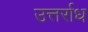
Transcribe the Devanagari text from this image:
उत्तर्राध